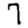
Digit: 7